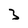
Character: 3